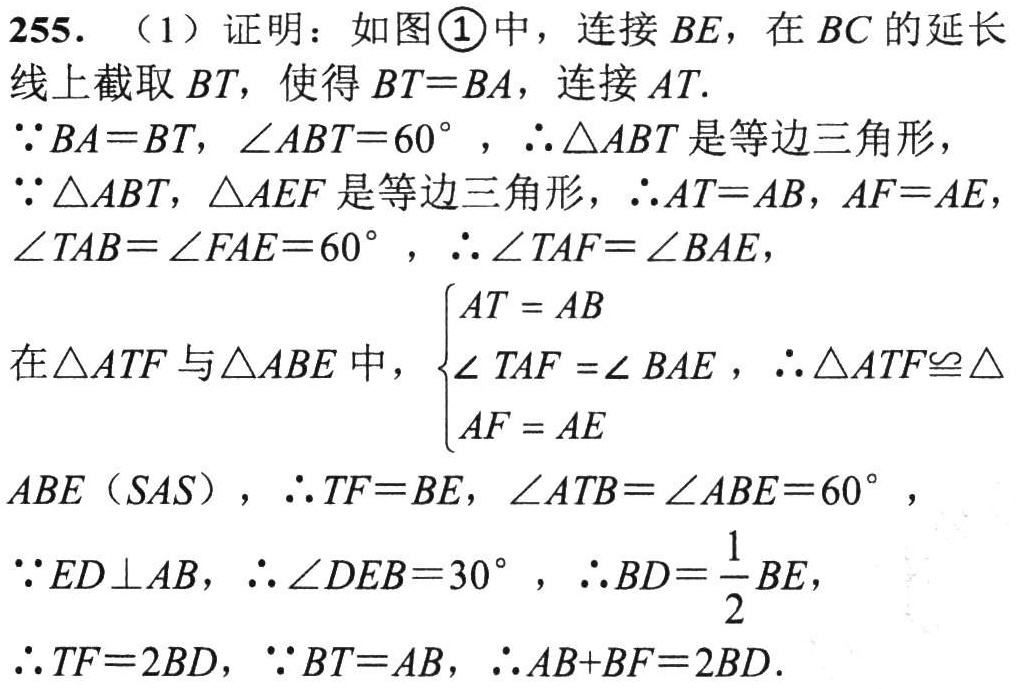
255. （1）证明：如图\textcircled{1}中，连接 \(BE\)，在 \(BC\) 的延长线上截取 \(BT\)，使得 \(BT = BA\)，连接 \(AT\).

\(\because BA=BT\)，\(\angle ABT = 60^{\circ}\)，\(\therefore\triangle ABT\) 是等边三角形，

\(\because\triangle ABT\)，\(\triangle AEF\) 是等边三角形，\(\therefore AT = AB\)，\(AF = AE\)，\(\angle TAB=\angle FAE = 60^{\circ}\)，\(\therefore\angle TAF=\angle BAE\)，

在 \(\triangle ATF\) 与 \(\triangle ABE\) 中，\(\begin{cases}AT = AB\\\angle TAF=\angle BAE\\AF = AE\end{cases}\)，\(\therefore\triangle ATF\cong\triangle ABE\)（\(SAS\)），\(\therefore TF = BE\)，\(\angle ATB=\angle ABE = 60^{\circ}\)，

\(\because ED\perp AB\)，\(\therefore\angle DEB = 30^{\circ}\)，\(\therefore BD=\frac{1}{2}BE\)，

\(\therefore TF = 2BD\)，\(\because BT = AB\)，\(\therefore AB + BF=2BD\).